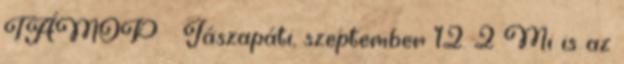
TÁMOP Jászapáti, szeptember 12. 2 Mi is az